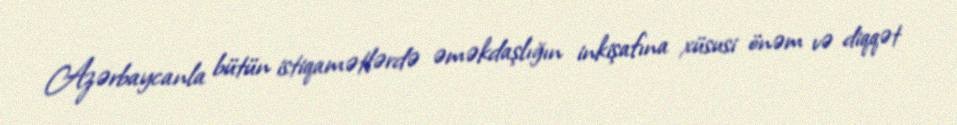
Azərbaycanla bütün istiqamətlərdə əməkdaşlığın inkişafına xüsusi önəm və diqqət